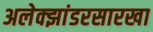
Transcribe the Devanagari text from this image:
अलेक्झांडरसारखा